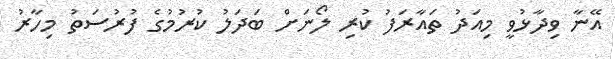
އޭނާ ވިދާޅުވީ މިއަދު ތައާރަފު ކުރި ލޯނަށް ބަދަލު ކުރުމުގެ ފުރުސަތު މިހާރު